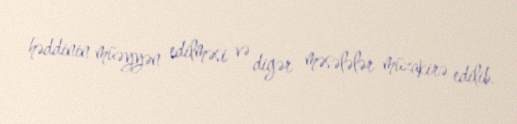
həddinin müəyyən edilməsi və digər məsələlər müzakirə edilib.